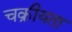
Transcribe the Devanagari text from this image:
चक्रीयता